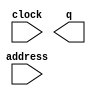
// This program was cloned from: https://github.com/Manistein/let-us-build-a-computer-system
// License: MIT License

// megafunction wizard: %ROM: 1-PORT%VBB%
// GENERATION: STANDARD
// VERSION: WM1.0
// MODULE: altsyncram 

// ============================================================
// Megafunction Name(s):
// 			altsyncram
//
// Simulation Library Files(s):
// 			altera_mf
// ============================================================
// ************************************************************
// THIS IS A WIZARD-GENERATED FILE. DO NOT EDIT THIS FILE!
//
// 11.0 Build 208 07/03/2011 SP 1 SJ Full Version
// ************************************************************

//Copyright (C) 1991-2011 Altera Corporation
//Your use of Altera Corporation's design tools, logic functions 
//and other software and tools, and its AMPP partner logic 
//functions, and any output files from any of the foregoing 
//(including device programming or simulation files), and any 
//associated documentation or information are expressly subject 
//to the terms and conditions of the Altera Program License 
//Subscription Agreement, Altera MegaCore Function License 
//Agreement, or other applicable license agreement, including, 
//without limitation, that your use is for the sole purpose of 
//programming logic devices manufactured by Altera and sold by 
//Altera or its authorized distributors.  Please refer to the 
//applicable agreement for further details.

module ex5_start_rom (
	address,
	clock,
	q);

	input	[7:0]  address;
	input	  clock;
	output	[255:0]  q;
`ifndef ALTERA_RESERVED_QIS
// synopsys translate_off
`endif
	tri1	  clock;
`ifndef ALTERA_RESERVED_QIS
// synopsys translate_on
`endif

endmodule

// ============================================================
// CNX file retrieval info
// ============================================================
// Retrieval info: PRIVATE: ADDRESSSTALL_A NUMERIC "0"
// Retrieval info: PRIVATE: AclrAddr NUMERIC "0"
// Retrieval info: PRIVATE: AclrByte NUMERIC "0"
// Retrieval info: PRIVATE: AclrOutput NUMERIC "0"
// Retrieval info: PRIVATE: BYTE_ENABLE NUMERIC "0"
// Retrieval info: PRIVATE: BYTE_SIZE NUMERIC "8"
// Retrieval info: PRIVATE: BlankMemory NUMERIC "0"
// Retrieval info: PRIVATE: CLOCK_ENABLE_INPUT_A NUMERIC "0"
// Retrieval info: PRIVATE: CLOCK_ENABLE_OUTPUT_A NUMERIC "0"
// Retrieval info: PRIVATE: Clken NUMERIC "0"
// Retrieval info: PRIVATE: IMPLEMENT_IN_LES NUMERIC "0"
// Retrieval info: PRIVATE: INIT_FILE_LAYOUT STRING "PORT_A"
// Retrieval info: PRIVATE: INIT_TO_SIM_X NUMERIC "0"
// Retrieval info: PRIVATE: INTENDED_DEVICE_FAMILY STRING "Cyclone II"
// Retrieval info: PRIVATE: JTAG_ENABLED NUMERIC "0"
// Retrieval info: PRIVATE: JTAG_ID STRING "NONE"
// Retrieval info: PRIVATE: MAXIMUM_DEPTH NUMERIC "0"
// Retrieval info: PRIVATE: MIFfilename STRING "ex5_image_256x256_rom.mif"
// Retrieval info: PRIVATE: NUMWORDS_A NUMERIC "256"
// Retrieval info: PRIVATE: RAM_BLOCK_TYPE NUMERIC "0"
// Retrieval info: PRIVATE: RegAddr NUMERIC "1"
// Retrieval info: PRIVATE: RegOutput NUMERIC "1"
// Retrieval info: PRIVATE: SYNTH_WRAPPER_GEN_POSTFIX STRING "0"
// Retrieval info: PRIVATE: SingleClock NUMERIC "1"
// Retrieval info: PRIVATE: UseDQRAM NUMERIC "0"
// Retrieval info: PRIVATE: WidthAddr NUMERIC "8"
// Retrieval info: PRIVATE: WidthData NUMERIC "256"
// Retrieval info: PRIVATE: rden NUMERIC "0"
// Retrieval info: LIBRARY: altera_mf altera_mf.altera_mf_components.all
// Retrieval info: CONSTANT: CLOCK_ENABLE_INPUT_A STRING "BYPASS"
// Retrieval info: CONSTANT: CLOCK_ENABLE_OUTPUT_A STRING "BYPASS"
// Retrieval info: CONSTANT: INIT_FILE STRING "ex5_image_256x256_rom.mif"
// Retrieval info: CONSTANT: INTENDED_DEVICE_FAMILY STRING "Cyclone II"
// Retrieval info: CONSTANT: LPM_HINT STRING "ENABLE_RUNTIME_MOD=NO"
// Retrieval info: CONSTANT: LPM_TYPE STRING "altsyncram"
// Retrieval info: CONSTANT: NUMWORDS_A NUMERIC "256"
// Retrieval info: CONSTANT: OPERATION_MODE STRING "ROM"
// Retrieval info: CONSTANT: OUTDATA_ACLR_A STRING "NONE"
// Retrieval info: CONSTANT: OUTDATA_REG_A STRING "CLOCK0"
// Retrieval info: CONSTANT: WIDTHAD_A NUMERIC "8"
// Retrieval info: CONSTANT: WIDTH_A NUMERIC "256"
// Retrieval info: CONSTANT: WIDTH_BYTEENA_A NUMERIC "1"
// Retrieval info: USED_PORT: address 0 0 8 0 INPUT NODEFVAL "address[7..0]"
// Retrieval info: USED_PORT: clock 0 0 0 0 INPUT VCC "clock"
// Retrieval info: USED_PORT: q 0 0 256 0 OUTPUT NODEFVAL "q[255..0]"
// Retrieval info: CONNECT: @address_a 0 0 8 0 address 0 0 8 0
// Retrieval info: CONNECT: @clock0 0 0 0 0 clock 0 0 0 0
// Retrieval info: CONNECT: q 0 0 256 0 @q_a 0 0 256 0
// Retrieval info: GEN_FILE: TYPE_NORMAL ex5_start_rom.v TRUE
// Retrieval info: GEN_FILE: TYPE_NORMAL ex5_start_rom.inc FALSE
// Retrieval info: GEN_FILE: TYPE_NORMAL ex5_start_rom.cmp FALSE
// Retrieval info: GEN_FILE: TYPE_NORMAL ex5_start_rom.bsf FALSE
// Retrieval info: GEN_FILE: TYPE_NORMAL ex5_start_rom_inst.v TRUE
// Retrieval info: GEN_FILE: TYPE_NORMAL ex5_start_rom_bb.v TRUE
// Retrieval info: LIB_FILE: altera_mf